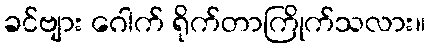
ခင်ဗျား ဂေါက် ရိုက်တာကြိုက်သလား။